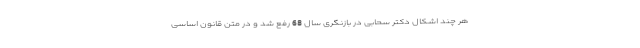
هر چند اشکال دکتر سحابی در بازنگری سال 68 رفع شد و در متن قانون اساسی